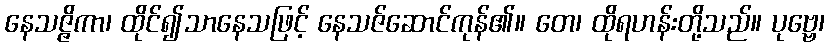
နေသဇ္ဇိကာ၊ ထိုင်၍သာနေသဖြင့် နေသဇ်ဆောင်ကုန်၏။ တေ၊ ထိုရဟန်းတို့သည်။ ပုဗ္ဗေ၊